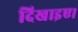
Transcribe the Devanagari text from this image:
दिखाइए।